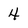
Character: 4